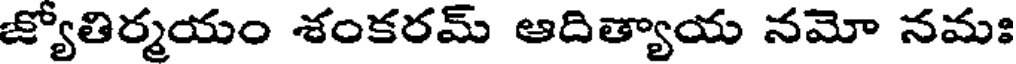
జ్యోతిర్మయం శంకరమ్ ఆదిత్యాయ నమో నమః